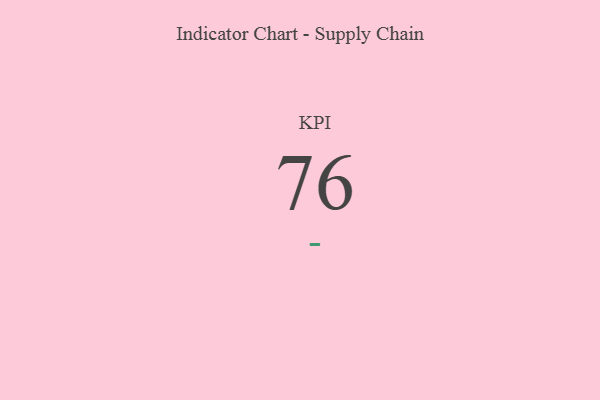
{"axis": {"x": "KPI", "y": "Value"}, "legend": [""], "data": [{"x": "KPI", "y": 76, "type": ""}]}